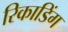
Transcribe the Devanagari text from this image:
रिकाडिंग